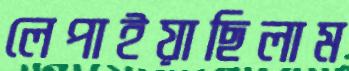
লেপাইয়াছিলাম